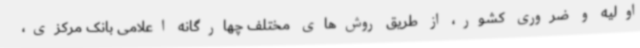
اولیه و ضروری کشور، از طریق روش‌های مختلف چهارگانه اعلامی بانک مرکزی،